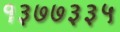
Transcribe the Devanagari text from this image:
१३७७३३५